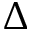
\Delta